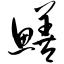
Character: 鳝